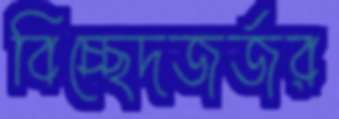
বিচ্ছেদজর্জর